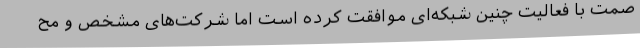
صمت با فعالیت چنین شبکه‌ای موافقت کرده است اما شرکت‌های مشخص و مح